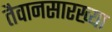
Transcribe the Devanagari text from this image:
तैवानसारख्या